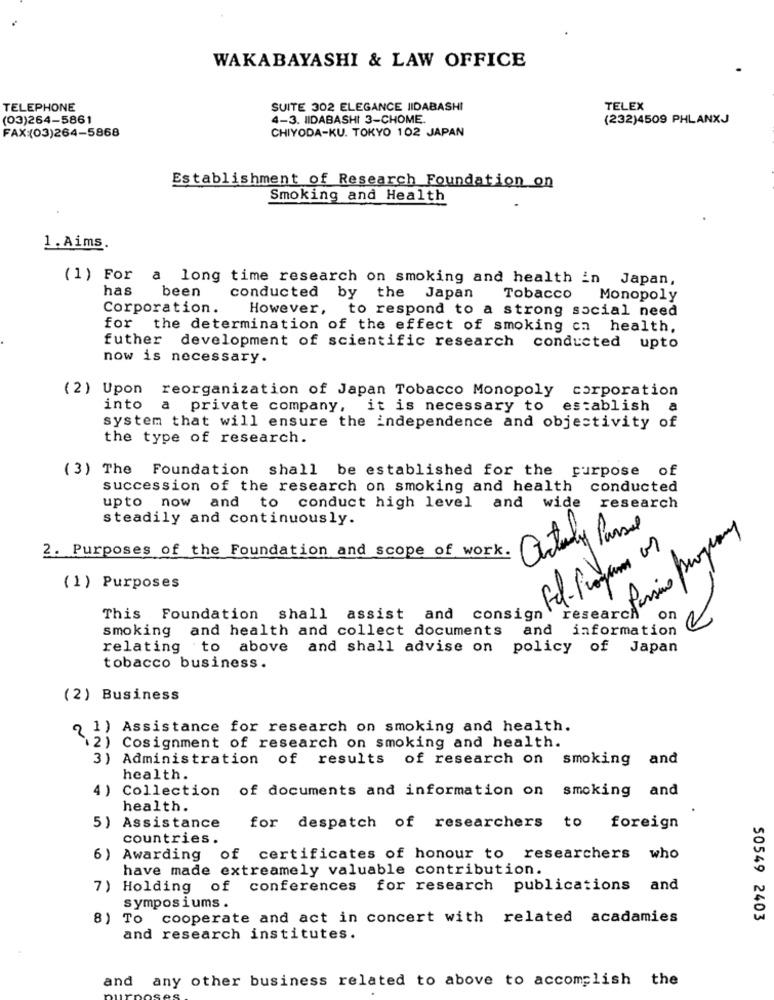
WAKABAYASHI & LAW OFFICE
TELEPHONE
SUITE 302 ELEGANCE IIDABASHI
TELEX
(03)264-5861
4-3. IIDABASHI 3-CHOME
(232)4509 PHLANXJ
CHIYODA-KU. TOKYO 102 JAPAN
FAX:(03)264-5868
Establishment of Research Foundation on
Smoking and Health
1. Aims.
(1) For a long time research on smoking and health in Japan,
has been
conducted by the Japan
Tobacco
Monopoly
Corporation.
However, to respond to a strong social need
for the determination of the effect of smoking ch health,
futher
development of scientific research conducted upto
now is necessary.
(2) Upon reorganization of Japan Tobacco Monopoly
corporation
into
a private company,
it is necessary to
establish
a
system that will ensure the independence and objectivity of
the type of research.
(3) The Foundation shall be established for the purpose of
succession of the research on smoking and health
conducted
upto now and to conduct high level and wide research
steadily and continuously.
fisio Programy
2. Purposes of the Foundation and scope of work. Antly Pas
(1) Purposes
on
This Foundation shall assist and consign
smoking and health and collect documents
and
information
relating to above and shall advise on policy of Japan
tobacco business.
(2) Business
2 1) Assistance for research on smoking and health.
\2) Cosignment of research on smoking and health.
3) Administration of results of research on smoking and
health.
4)
Collection of documents and information on smoking and
health.
5) Assistance
for despatch of researchers to foreign
countries.
Awarding of certificates of honour to researchers who
have made extreamely valuable contribution.
7) Holding of conferences for research publications and
symposiums .
8)
To cooperate and act in concert with related acadamies
50549 2403
and research institutes.
and
any other business related to above to accomplish the